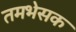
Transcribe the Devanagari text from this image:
तमभेसक